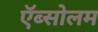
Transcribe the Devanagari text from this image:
ऍब्सोलम